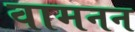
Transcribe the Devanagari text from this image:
वामनन